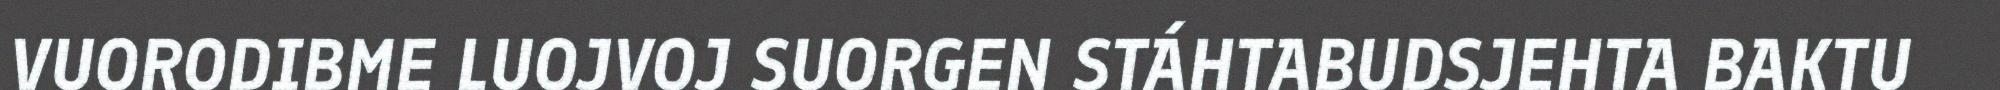
VUORODIBME LUOJVOJ SUORGEN STÁHTABUDSJEHTA BAKTU